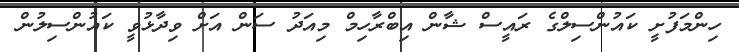
ހިންމަފުށީ ކައުންސިލްގެ ރައީސް ޝާން އިބްރާހިމް މިއަދު ސަން އަށް ވިދާޅުވީ ކައުންސިލުން